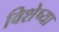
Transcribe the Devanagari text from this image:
विशेष्या